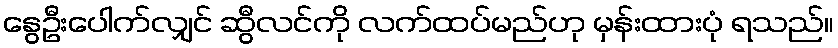
နွေဦးပေါက်လျှင် ဆွီလင်ကို လက်ထပ်မည်ဟု မှန်းထားပုံ ရသည်။